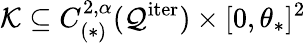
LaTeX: \mathcal{K}\subseteq C_{(\ast)}^{2,\alpha}(\mathcal{Q}^{\mathrm{iter}})\times[0,\theta_{\ast}]^{2}